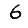
Digit: 6